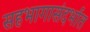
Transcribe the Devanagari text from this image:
सहभागासंदर्भात